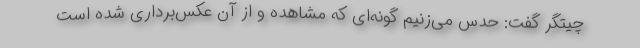
چیتگر گفت: حدس می‌زنیم گونه‌ای که مشاهده و از آن عکس‌برداری شده است